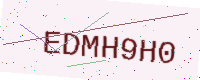
Text: EDMH9H0